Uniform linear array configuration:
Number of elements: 24
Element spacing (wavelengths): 1
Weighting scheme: hamming
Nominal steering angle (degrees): -45
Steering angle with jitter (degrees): -44.575
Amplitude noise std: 0.05
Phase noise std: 0.05

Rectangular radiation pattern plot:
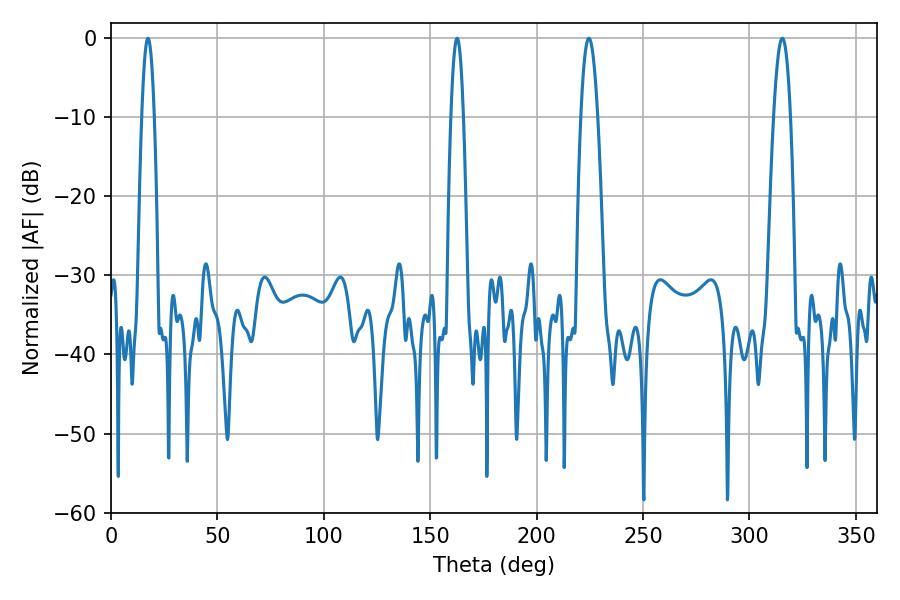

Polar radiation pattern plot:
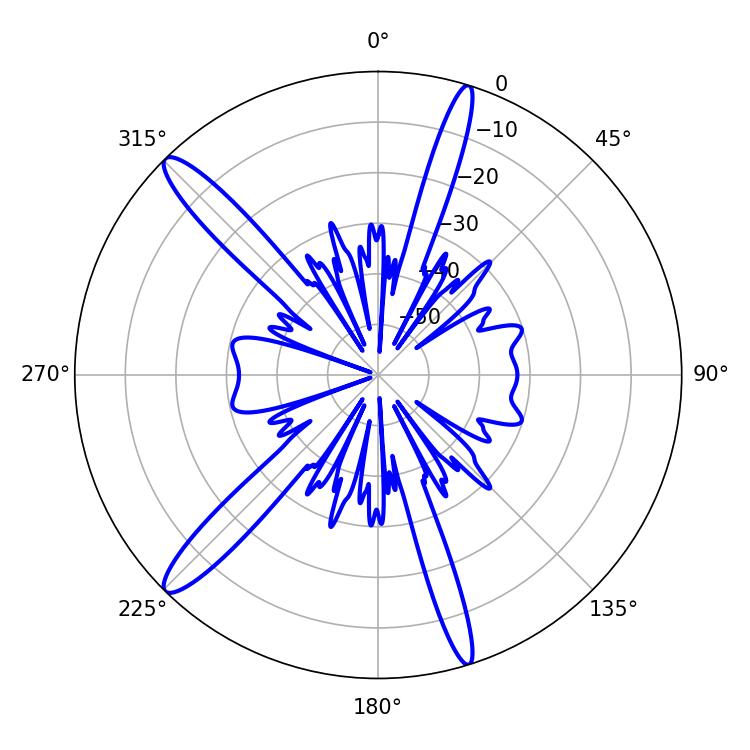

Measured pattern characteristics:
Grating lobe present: TRUE
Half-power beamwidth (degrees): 4.32
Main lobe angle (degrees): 224.46